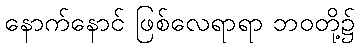
နောက်နောင် ဖြစ်လေရာရာ ဘဝတို့၌